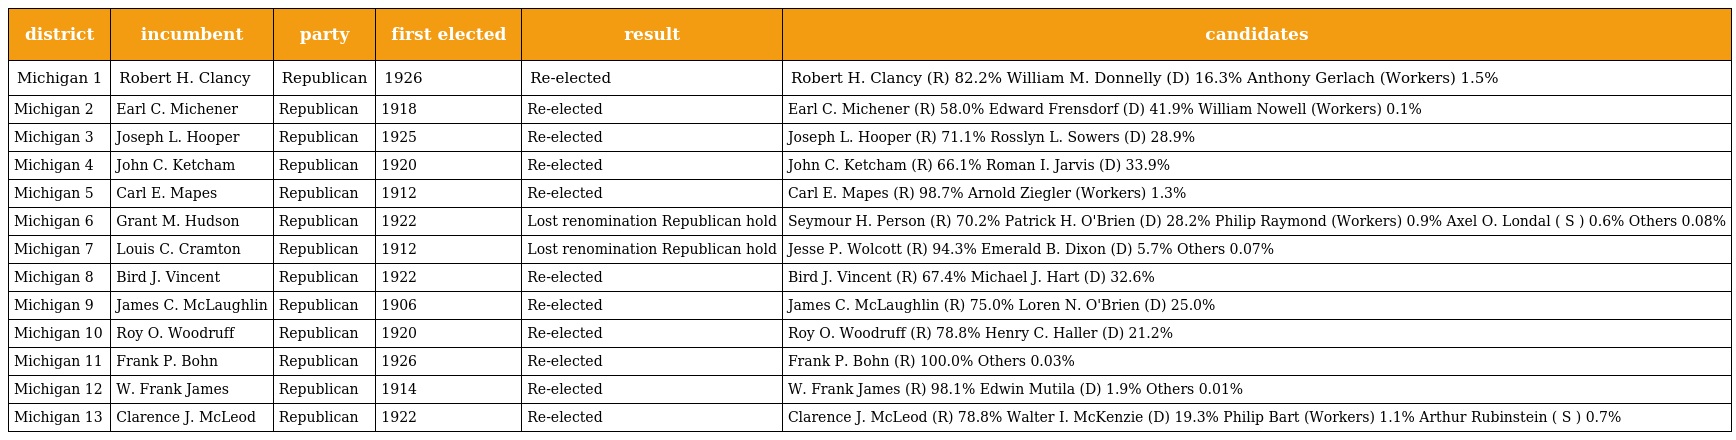
| district | incumbent | party | first elected | result | candidates |
 | --- | --- | --- | --- | --- | --- |
 | Michigan 1 | Robert H. Clancy | Republican | 1926 | Re-elected | Robert H. Clancy (R) 82.2% William M. Donnelly (D) 16.3% Anthony Gerlach (Workers) 1.5% |
 | Michigan 2 | Earl C. Michener | Republican | 1918 | Re-elected | Earl C. Michener (R) 58.0% Edward Frensdorf (D) 41.9% William Nowell (Workers) 0.1% |
 | Michigan 3 | Joseph L. Hooper | Republican | 1925 | Re-elected | Joseph L. Hooper (R) 71.1% Rosslyn L. Sowers (D) 28.9% |
 | Michigan 4 | John C. Ketcham | Republican | 1920 | Re-elected | John C. Ketcham (R) 66.1% Roman I. Jarvis (D) 33.9% |
 | Michigan 5 | Carl E. Mapes | Republican | 1912 | Re-elected | Carl E. Mapes (R) 98.7% Arnold Ziegler (Workers) 1.3% |
 | Michigan 6 | Grant M. Hudson | Republican | 1922 | Lost renomination Republican hold | Seymour H. Person (R) 70.2% Patrick H. O'Brien (D) 28.2% Philip Raymond (Workers) 0.9% Axel O. Londal ( S ) 0.6% Others 0.08% |
 | Michigan 7 | Louis C. Cramton | Republican | 1912 | Lost renomination Republican hold | Jesse P. Wolcott (R) 94.3% Emerald B. Dixon (D) 5.7% Others 0.07% |
 | Michigan 8 | Bird J. Vincent | Republican | 1922 | Re-elected | Bird J. Vincent (R) 67.4% Michael J. Hart (D) 32.6% |
 | Michigan 9 | James C. McLaughlin | Republican | 1906 | Re-elected | James C. McLaughlin (R) 75.0% Loren N. O'Brien (D) 25.0% |
 | Michigan 10 | Roy O. Woodruff | Republican | 1920 | Re-elected | Roy O. Woodruff (R) 78.8% Henry C. Haller (D) 21.2% |
 | Michigan 11 | Frank P. Bohn | Republican | 1926 | Re-elected | Frank P. Bohn (R) 100.0% Others 0.03% |
 | Michigan 12 | W. Frank James | Republican | 1914 | Re-elected | W. Frank James (R) 98.1% Edwin Mutila (D) 1.9% Others 0.01% |
 | Michigan 13 | Clarence J. McLeod | Republican | 1922 | Re-elected | Clarence J. McLeod (R) 78.8% Walter I. McKenzie (D) 19.3% Philip Bart (Workers) 1.1% Arthur Rubinstein ( S ) 0.7% |